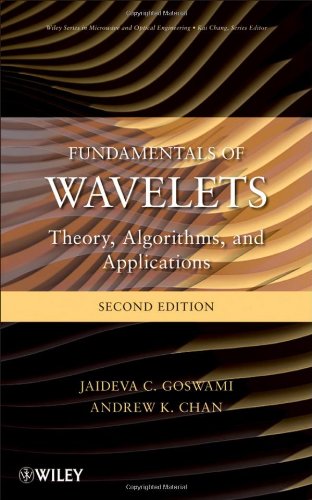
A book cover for Fundamentals of Wavelets: Theory, Algorithms, and Applications; Jaideva C. Goswami; Computers & Technology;